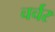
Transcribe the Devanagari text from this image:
चर्चर